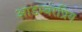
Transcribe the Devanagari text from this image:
आडम्बरप्रिय